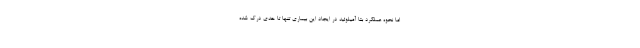
اما نحوه عملکرد بتا آمیلوئید در ایجاد این بیماری تنها تا حدی درک شده